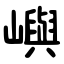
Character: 嶼